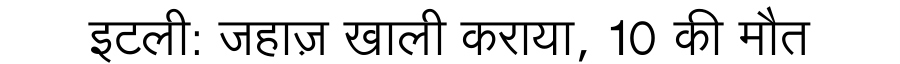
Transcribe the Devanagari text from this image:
इटली: जहाज़ खाली कराया, 10 की मौत